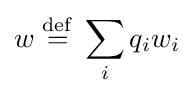
w\;{\stackrel {\mathrm {def} }{=}}\;\sum _{i}q_{i}w_{i}